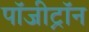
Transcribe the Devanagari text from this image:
पॉजी़ट्रॉन